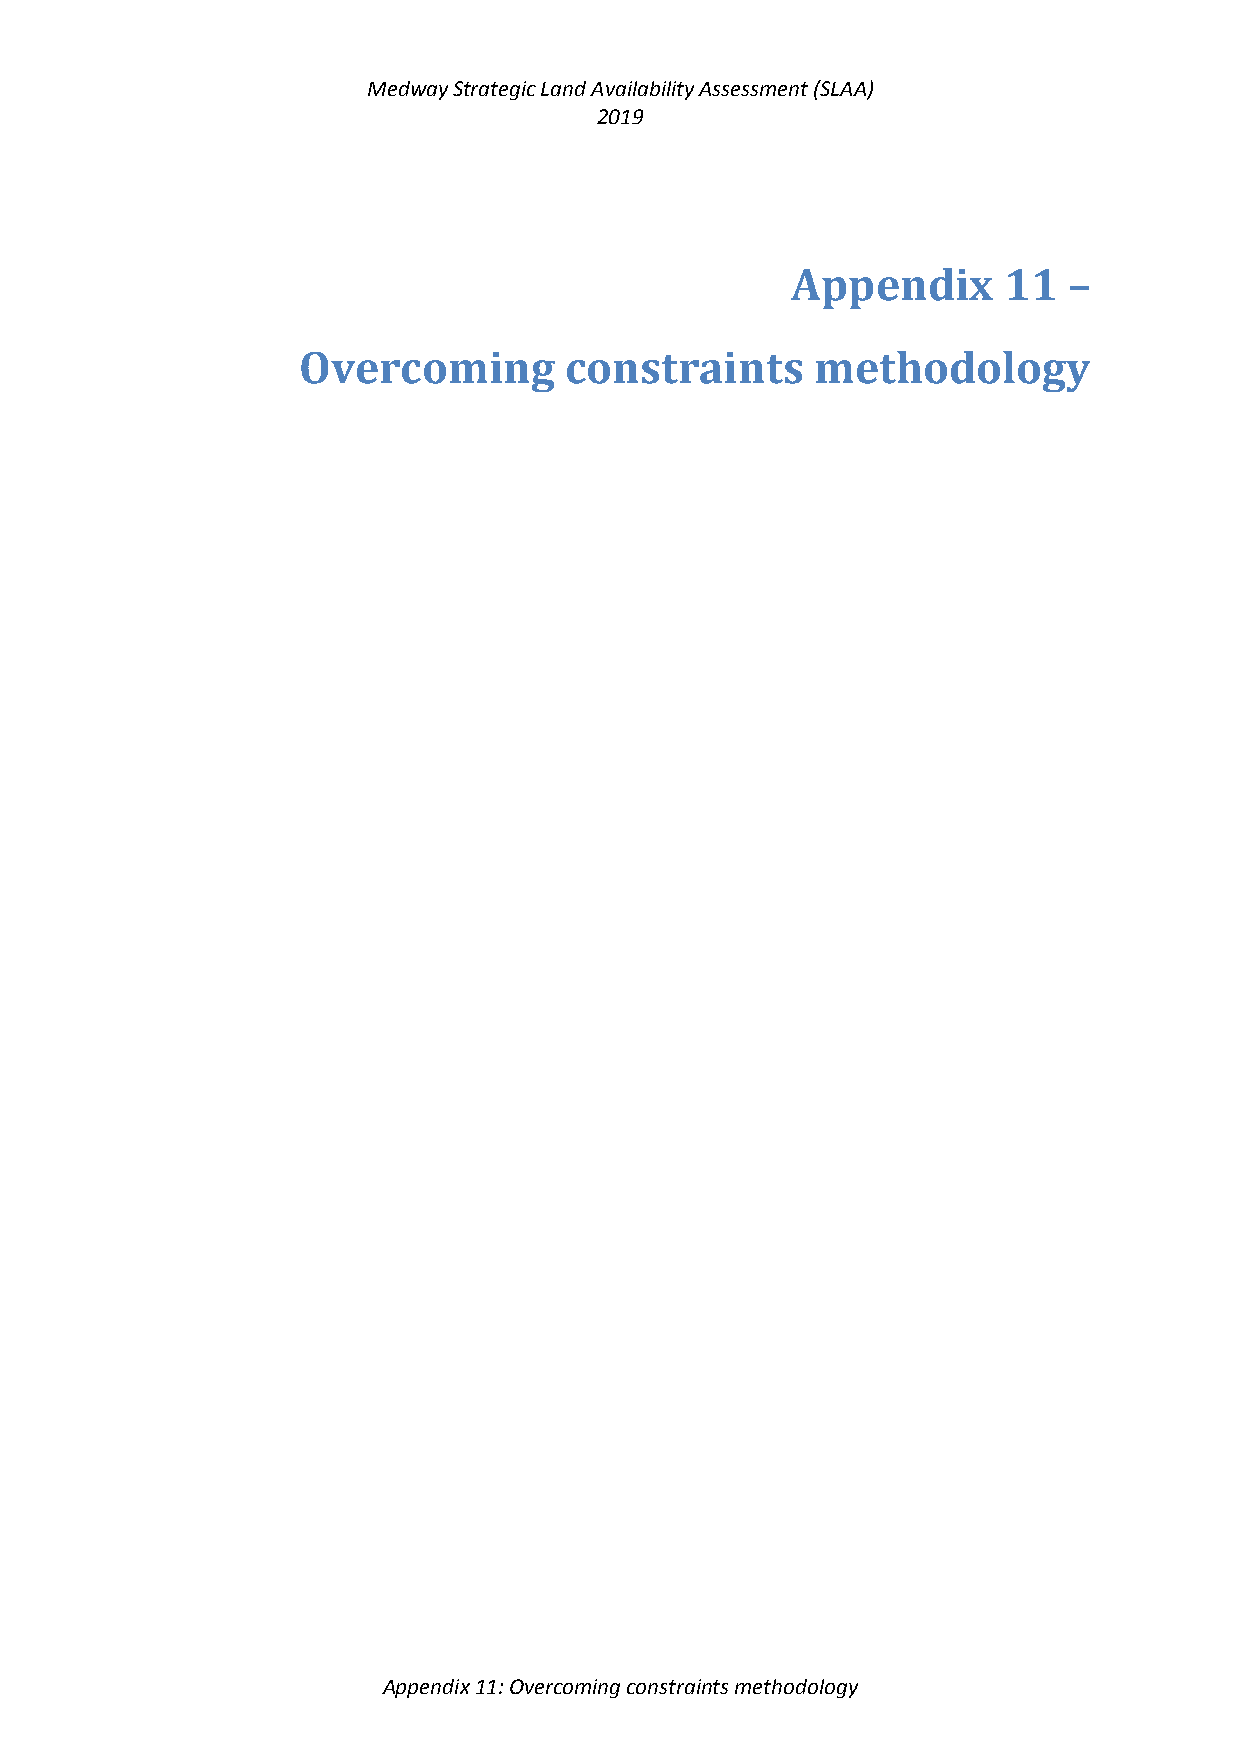
Medway Strategic Land Availability Assessment (SLAA)
 2019
 Appendix      11   –
 Overcoming       constraints      methodology
 Appendix 11: Overcoming constraints methodology